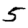
Digit: 5